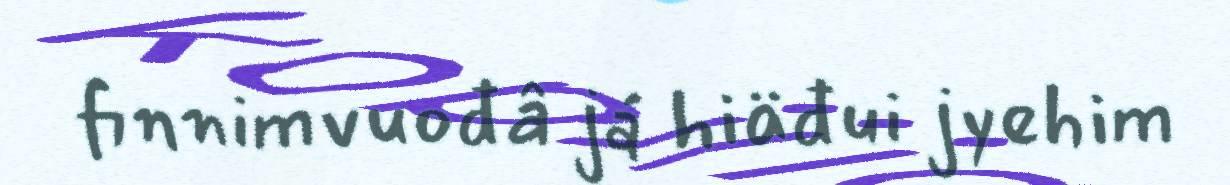
finnimvuođâ já hiäđui jyehim